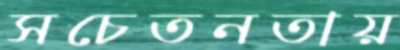
সচেতনতায়